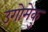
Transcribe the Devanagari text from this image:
उगोमेकु